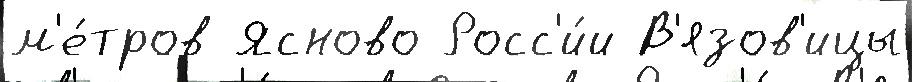
м'е́тров Ясново Росс'и́и В'язов'ицы